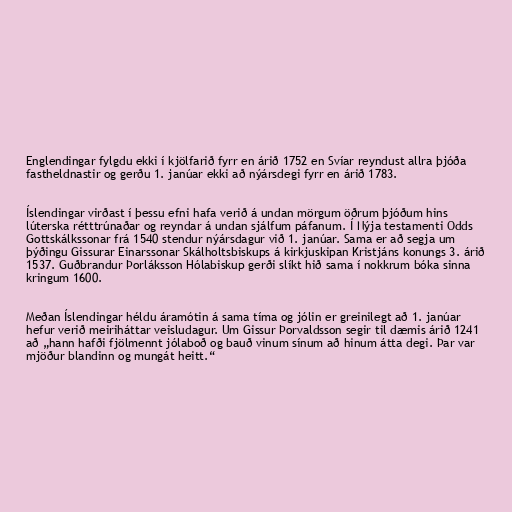
Englendingar fylgdu ekki í kjölfarið fyrr en árið 1752 en Svíar reyndust allra þjóða
fastheldnastir og gerðu 1. janúar ekki að nýársdegi fyrr en árið 1783.

Íslendingar virðast í þessu efni hafa verið á undan mörgum öðrum þjóðum hins
lúterska rétttrúnaðar og reyndar á undan sjálfum páfanum. Í Nýja testamenti Odds
Gottskálkssonar frá 1540 stendur nýársdagur við 1. janúar. Sama er að segja um
þýðingu Gissurar Einarssonar Skálholtsbiskups á kirkjuskipan Kristjáns konungs 3. árið
1537. Guðbrandur Þorláksson Hólabiskup gerði slíkt hið sama í nokkrum bóka sinna
kringum 1600.

Meðan Íslendingar héldu áramótin á sama tíma og jólin er greinilegt að 1. janúar
hefur verið meiriháttar veisludagur. Um Gissur Þorvaldsson segir til dæmis árið 1241
að „hann hafði fjölmennt jólaboð og bauð vinum sínum að hinum átta degi. Þar var
mjöður blandinn og mungát heitt.“